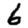
Digit: 6